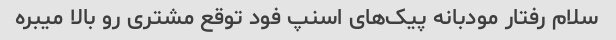
سلام رفتار مودبانه پیک‌های اسنپ فود توقع مشتری رو بالا میبره